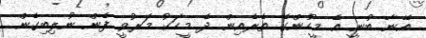
އޭނާ ބުނީ އެ މީހުންގެ ތެރެއިން ދެ މީހަކު މަރުވީ ފެން ނުލިބިގެން